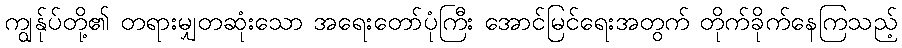
ကျွန်ုပ်တို့၏ တရားမျှတဆုံးသော အရေးတော်ပုံကြီး အောင်မြင်ရေးအတွက် တိုက်ခိုက်နေကြသည့်